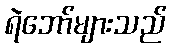
ရဲဘော်များသည်